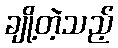
ချို့တဲ့သည့်